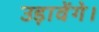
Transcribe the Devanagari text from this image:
उड़ावेंगे।